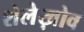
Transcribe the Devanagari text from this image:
शेलेख़ोव